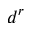
d ^ { r }